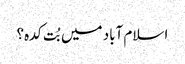
اسلام آباد میں بُت کدہ؟